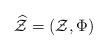
LaTeX: \begin{align*} \widehat{\mathcal{Z}} = ( \mathcal{Z} ,\Phi) \end{align*}